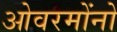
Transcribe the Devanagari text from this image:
ओवरमोंनो